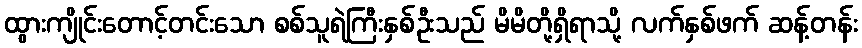
ထွားကျိုင်းတောင့်တင်းသော စစ်သူရဲကြီးနှစ်ဦးသည် မိမိတို့ရှိရာသို့ လက်နှစ်ဖက် ဆန့်တန်း